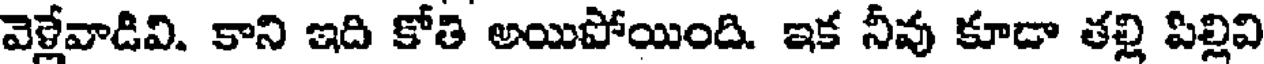
వెళ్లేవాడివి. కాని ఇది కోతి అయిపోయింది. ఇక నీవు కూడా తల్లి పిల్లివి